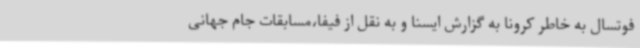
فوتسال به خاطر کرونا به گزارش ایسنا و به نقل از فیفا،مسابقات جام جهانی